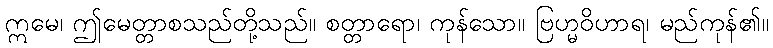
ဣမေ၊ ဤမေတ္တာစသည်တို့သည်။ စတ္တာရော၊ ကုန်သော။ ဗြဟ္မဝိဟာရ၊ မည်ကုန်၏။